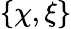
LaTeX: \{ \chi,\xi\}